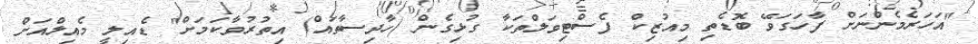
"އަހަރެމެންނަށް ފާހަގަވޭ ބޮޑެތި މިއުޒިކް ފެސްޓިވަލްތަކާ ގުޅިގެން (ހާދިސާތައް) އިތުރުވާކަމަށް" ޑެއިލީ މެއިލްއަށް